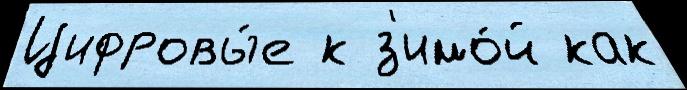
Цифровы́е к з'имо́й как